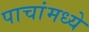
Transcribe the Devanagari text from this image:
पाचांमध्ये